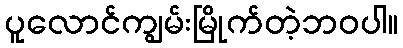
ပူလောင်ကျွမ်းမြိုက်တဲ့ဘဝပါ။